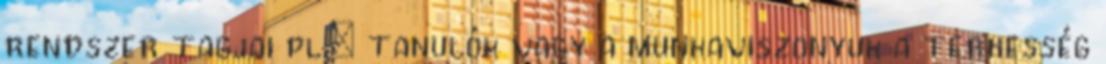
rendszer tagjai pl.: tanulók vagy a munkaviszonyuk a terhesség